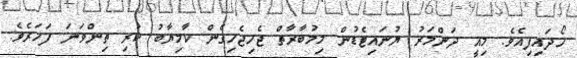
ހޯދައިފިއެވެ. މިއީ ދަންމަރު ޔުނައިޓެޑުން މިމުބާރާތް ޖެހިޖެހިގެން ކާމިޔާބު ކުރި ތިންވަނަ ފަހަރެވެ.